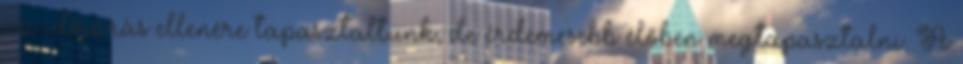
az időjárás ellenére tapasztaltunk, de érdemesebb élőben megtapasztalni. A